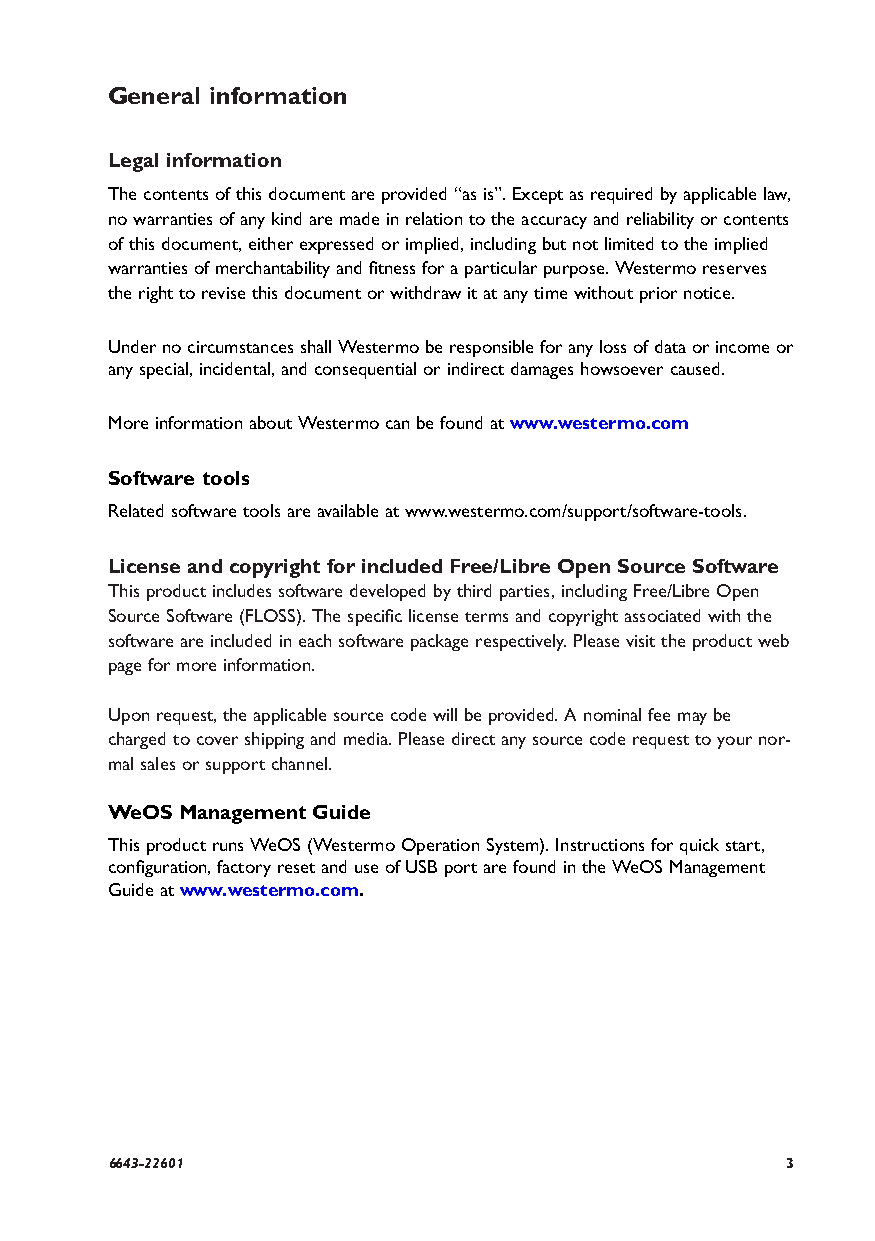
General information
 Legal information
 The contents of this document are provided “as is”. Except as required by applicable law,
 no warranties of any kind are made in relation to the accuracy and reliability or contents
 of this document, either expressed or implied, including but not limited to the implied
 warranties of merchantability and fitness for a particular purpose. Westermo reserves
 the right to revise this document or withdraw it at any time without prior notice.
 Under no circumstances shall Westermo be responsible for any loss of data or income or
 any special, incidental, and consequential or indirect damages howsoever caused.
 More information about Westermo can be found at www.westermo.com
 Software tools
 Related software tools are available at www.westermo.com/support/software-tools.
 License and copyright for included Free/Libre Open Source Software
 This product includes software developed by third parties, including Free/Libre Open
 Source Software (FLOSS). The specific license terms and copyright associated with the
 software are included in each software package respectively. Please visit the product web
 page for more information.
 Upon request, the applicable source code will be provided. A nominal fee may be
 charged to cover shipping and media. Please direct any source code request to your nor-
 mal sales or support channel.
 WeOS Management Guide
 This product runs WeOS (Westermo Operation System). Instructions for quick start,
 configuration, factory reset and use of USB port are found in the WeOS Management
 Guide at www.westermo.com.
 6643-22601                                   3